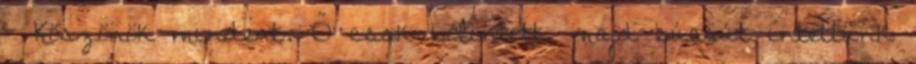
- Köszönök mindent. Ő csak bólintott, majd búcsút intettünk